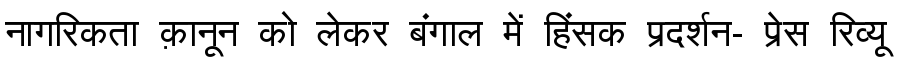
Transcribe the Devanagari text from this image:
नागरिकता क़ानून को लेकर बंगाल में हिंसक प्रदर्शन- प्रेस रिव्यू